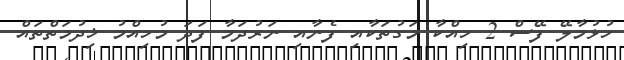
ހުޅުމާލޭ ފޭސް 2 ހިއްކާ މަގުތަކާއި ފެނާއި ނަރުދަމާ ފަދަ މުހިއްމު ޚިދުމަތްތައް